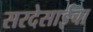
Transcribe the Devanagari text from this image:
सरदेसाईंचा